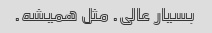
بسیار عالی. مثل همیشه.